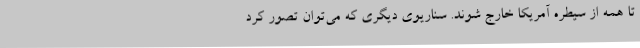
تا همه از سیطره آمریکا خارج شوند. سناریوی دیگری که می‌توان تصور کرد